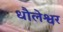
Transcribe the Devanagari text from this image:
धौलेश्वर